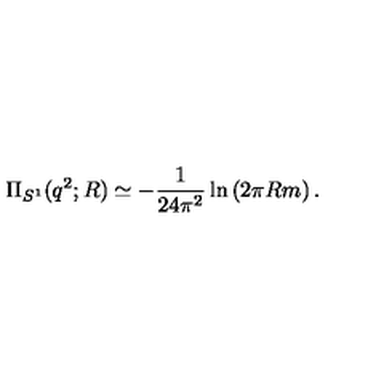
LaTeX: \Pi _ { S ^ { 1 } } ( q ^ { 2 } ; R ) \simeq - { \frac { 1 } { 2 4 \pi ^ { 2 } } } \ln \left( 2 \pi R m \right) .